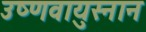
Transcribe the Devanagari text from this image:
उष्णवायुस्नान